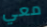
معي